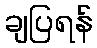
ချပြရန်